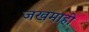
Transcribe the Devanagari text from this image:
जखमाही